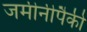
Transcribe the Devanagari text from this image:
जमीनीपैकी